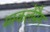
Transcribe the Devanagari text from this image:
मस्कलेमैग